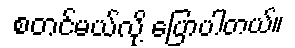
စတင်မယ်လို့ ပြောပါတယ်။